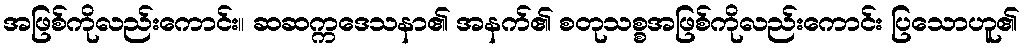
အဖြစ်ကိုလည်းကောင်း။ ဆဆက္ကဒေသနာ၏ အနက်၏ စတုသစ္စအဖြစ်ကိုလည်းကောင်း ပြသောဟူ၏